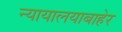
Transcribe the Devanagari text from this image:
न्यायालयाबाहेर